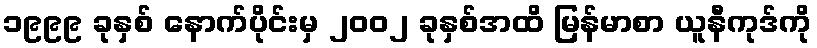
၁၉၉၉ ခုနှစ် နောက်ပိုင်းမှ ၂၀၀၂ ခုနှစ်အထိ မြန်မာစာ ယူနီကုဒ်ကို